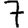
Digit: 7